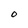
Character: O